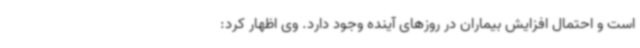
است و احتمال افزایش بیماران در روز‌های آینده وجود دارد. وی اظهار کرد: